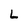
Character: L